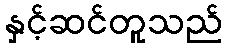
နှင့်ဆင်တူသည်